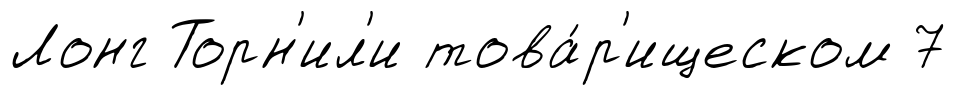
Лонг Торн'ил'и това́р'ищеском 7